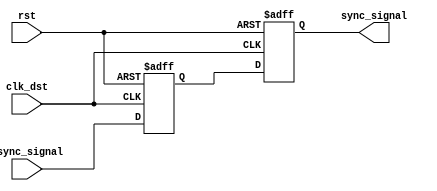
module pulsed_synchronizer (
    input wire async_signal,   // Input signal from the asynchronous clock domain
    input wire clk_dst,        // Clock signal for the destination domain
    input wire rst,            // Asynchronous reset signal
    output reg sync_signal      // Synchronized output signal
);

    // Internal signals for the two flip-flops
    reg ff1_out;

    // First flip-flop (FF1) - samples async_signal on clk_dst
    always @(posedge clk_dst or posedge rst) begin
        if (rst) begin
            ff1_out <= 1'b0; // Reset state
        end else begin
            ff1_out <= async_signal; // Sample async_signal
        end
    end

    // Second flip-flop (FF2) - samples output of FF1 on clk_dst
    always @(posedge clk_dst or posedge rst) begin
        if (rst) begin
            sync_signal <= 1'b0; // Reset state
        end else begin
            sync_signal <= ff1_out; // Sample output of FF1
        end
    end

endmodule